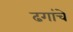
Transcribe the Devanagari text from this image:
ढगांचे